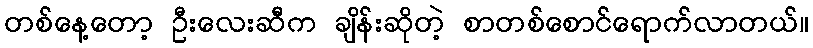
တစ်နေ့တော့ ဦးလေးဆီက ချိန်းဆိုတဲ့ စာတစ်စောင်ရောက်လာတယ်။